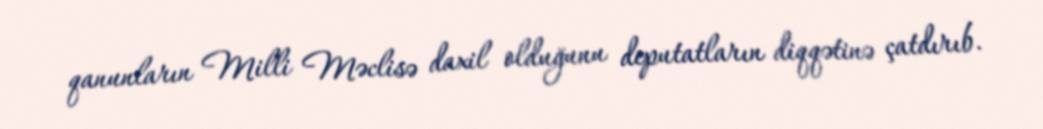
qanunların Milli Məclisə daxil olduğunu deputatların diqqətinə çatdırıb.